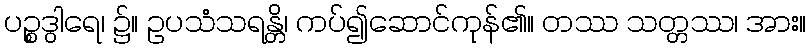
ပဉ္စဒွါရေ၊ ၌။ ဥပသံသရန္တိ၊ ကပ်၍ဆောင်ကုန်၏။ တဿ သတ္တဿ၊ အား။